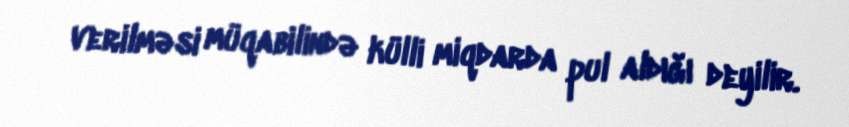
verilməsi müqabilində külli miqdarda pul aldığı deyilir.